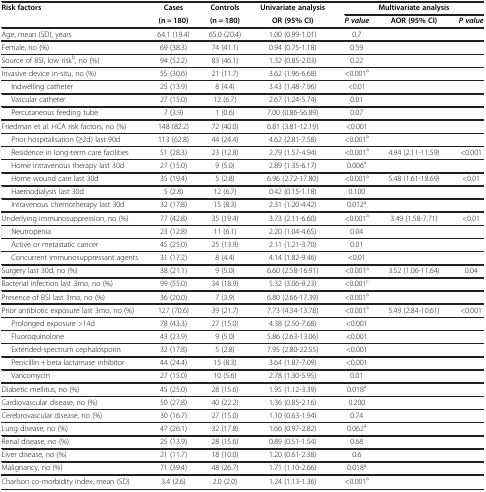
<table><thead><tr><td><b>Risk factors</b></td><td><b>Cases</b></td><td><b>Controls</b></td><td><b>Univariate analysis</b></td><td colspan="3"><b>Multivariate analysis</b></td></tr><tr><td><b> </b></td><td><b>(n = 180)</b></td><td><b>(n = 180)</b></td><td><b>OR (95% CI)</b></td><td><b><i>P value</i></b></td><td><b>AOR (95% CI)</b></td><td><b><i>P value</i></b></td></tr></thead><tbody><tr><td>Age, mean (SD), years</td><td>64.1 (19.4)</td><td>65.0 (20.4)</td><td>1.00 (0.99-1.01)</td><td>0.7</td><td> </td><td> </td></tr><tr><td>Female, no (%)</td><td>69 (38.3)</td><td>74 (41.1)</td><td>0.94 (0.75-1.18)</td><td>0.59</td><td> </td><td> </td></tr><tr><td>Source of BSI, low risk<sup>b</sup>, no (%)</td><td>94 (52.2)</td><td>83 (46.1)</td><td>1.32 (0.85-2.03)</td><td>0.22</td><td> </td><td> </td></tr><tr><td>Invasive device in-situ, no (%)</td><td>55 (30.6)</td><td>21 (11.7)</td><td>3.62 (1.96-6.68)</td><td>&lt;0.001<sup>a</sup></td><td> </td><td> </td></tr><tr><td>Indwelling catheter</td><td>25 (13.9)</td><td>8 (4.4)</td><td>3.43 (1.48-7.96)</td><td>&lt;0.01</td><td> </td><td> </td></tr><tr><td>Vascular catheter</td><td>27 (15.0)</td><td>12 (6.7)</td><td>2.67 (1.24-5.74)</td><td>0.01</td><td> </td><td> </td></tr><tr><td>Percutaneous feeding tube</td><td>7 (3.9)</td><td>1 (0.6)</td><td>7.00 (0.86-56.89)</td><td>0.07</td><td> </td><td> </td></tr><tr><td>Friedman et al. HCA risk factors, no (%)</td><td>148 (82.2)</td><td>72 (40.0)</td><td>6.81 (3.81-12.19)</td><td>&lt;0.001</td><td> </td><td> </td></tr><tr><td>Prior hospitalisation (≥2d) last 90d</td><td>113 (62.8)</td><td>44 (24.4)</td><td>4.62 (2.81-7.58)</td><td>&lt;0.001<sup>a</sup></td><td> </td><td> </td></tr><tr><td>Residence in long-term care facilities</td><td>51 (28.3)</td><td>23 (12.8)</td><td>2.79 (1.57-4.94)</td><td>&lt;0.001<sup>a</sup></td><td>4.94 (2.11-11.59)</td><td>&lt;0.001</td></tr><tr><td>Home intravenous therapy last 30d</td><td>27 (15.0)</td><td>9 (5.0)</td><td>2.89 (1.35-6.17)</td><td>0.006<sup>a</sup></td><td> </td><td> </td></tr><tr><td>Home wound care last 30d</td><td>35 (19.4)</td><td>5 (2.8)</td><td>6.96 (2.72-17.80)</td><td>&lt;0.001<sup>a</sup></td><td>5.48 (1.61-18.69)</td><td>&lt;0.01</td></tr><tr><td>Haemodialysis last 30d</td><td>5 (2.8)</td><td>12 (6.7)</td><td>0.42 (0.15-1.18)</td><td>0.100</td><td> </td><td> </td></tr><tr><td>Intravenous chemotherapy last 30d</td><td>32 (17.8)</td><td>15 (8.3)</td><td>2.31 (1.20-4.42)</td><td>0.012<sup>a</sup></td><td> </td><td> </td></tr><tr><td>Underlying immunosuppression, no (%)</td><td>77 (42.8)</td><td>35 (19.4)</td><td>3.73 (2.11-6.60)</td><td>&lt;0.001<sup>a</sup></td><td>3.49 (1.58-7.71)</td><td>&lt;0.01</td></tr><tr><td>Neutropenia</td><td>23 (12.8)</td><td>11 (6.1)</td><td>2.20 (1.04-4.65)</td><td>0.04</td><td> </td><td> </td></tr><tr><td>Active or metastatic cancer</td><td>45 (25.0)</td><td>25 (13.9)</td><td>2.11 (1.21-3.70)</td><td>0.01</td><td> </td><td> </td></tr><tr><td>Concurrent immunosuppressant agents</td><td>31 (17.2)</td><td>8 (4.4)</td><td>4.14 (1.82-9.46)</td><td>&lt;0.01</td><td> </td><td> </td></tr><tr><td>Surgery last 30d, no (%)</td><td>38 (21.1)</td><td>9 (5.0)</td><td>6.60 (2.58-16.91)</td><td>&lt;0.001<sup>a</sup></td><td>3.52 (1.06-11.64)</td><td>0.04</td></tr><tr><td>Bacterial infection last 3mo, no (%)</td><td>99 (55.0)</td><td>34 (18.9)</td><td>5.32 (3.06-9.23)</td><td>&lt;0.001<sup>c</sup></td><td> </td><td> </td></tr><tr><td>Presence of BSI last 3mo, no (%)</td><td>36 (20.0)</td><td>7 (3.9)</td><td>6.80 (2.66-17.39)</td><td>&lt;0.001<sup>a</sup></td><td> </td><td> </td></tr><tr><td>Prior antibiotic exposure last 3mo, no (%)</td><td>127 (70.6)</td><td>39 (21.7)</td><td>7.73 (4.34-13.78)</td><td>&lt;0.001<sup>a</sup></td><td>5.49 (2.84-10.61)</td><td>&lt;0.001</td></tr><tr><td>Prolonged exposure &gt;14d</td><td>78 (43.3)</td><td>27 (15.0)</td><td>4.38 (2.50-7.68)</td><td>&lt;0.001</td><td> </td><td> </td></tr><tr><td>Fluoroquinolone</td><td>43 (23.9)</td><td>9 (5.0)</td><td>5.86 (2.63-13.06)</td><td>&lt;0.001</td><td> </td><td> </td></tr><tr><td>Extended-spectrum cephalosporin</td><td>32 (17.8)</td><td>5 (2.8)</td><td>7.95 (2.80-22.55)</td><td>&lt;0.001</td><td> </td><td> </td></tr><tr><td>Penicillin + beta lactamase inhibitor</td><td>44 (24.4)</td><td>15 (8.3)</td><td>3.64 (1.87-7.09)</td><td>&lt;0.001</td><td> </td><td> </td></tr><tr><td>Vancomycin</td><td>27 (15.0)</td><td>10 (5.6)</td><td>2.78 (1.30-5.95)</td><td>0.01</td><td> </td><td> </td></tr><tr><td>Diabetic mellitus, no (%)</td><td>45 (25.0)</td><td>28 (15.6)</td><td>1.95 (1.12-3.39)</td><td>0.018<sup>a</sup></td><td> </td><td> </td></tr><tr><td>Cardiovascular disease, no (%)</td><td>50 (27.8)</td><td>40 (22.2)</td><td>1.36 (0.85-2.16)</td><td>0.200</td><td> </td><td> </td></tr><tr><td>Cerebrovascular disease, no (%)</td><td>30 (16.7)</td><td>27 (15.0)</td><td>1.10 (0.63-1.94)</td><td>0.74</td><td> </td><td> </td></tr><tr><td>Lung disease, no (%)</td><td>47 (26.1)</td><td>32 (17.8)</td><td>1.66 (0.97-2.82)</td><td>0.062<sup>a</sup></td><td> </td><td> </td></tr><tr><td>Renal disease, no (%)</td><td>25 (13.9)</td><td>28 (15.6)</td><td>0.89 (0.51-1.54)</td><td>0.68</td><td> </td><td> </td></tr><tr><td>Liver disease, no (%)</td><td>21 (11.7)</td><td>18 (10.0)</td><td>1.20 (0.61-2.38)</td><td>0.6</td><td> </td><td> </td></tr><tr><td>Malignancy, no (%)</td><td>71 (39.4)</td><td>48 (26.7)</td><td>1.71 (1.10-2.66)</td><td>0.018<sup>a</sup></td><td> </td><td> </td></tr><tr><td>Charlson co-morbidity index, mean (SD)</td><td>3.4 (2.6)</td><td>2.0 (2.0)</td><td>1.24 (1.13-1.36)</td><td>&lt;0.001<sup>a</sup></td><td> </td><td> </td></tr></tbody></table>